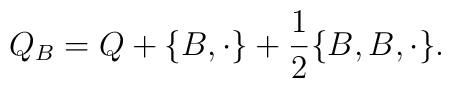
Q_B = Q+\{B,\cdot\} +\frac12 \{B,B,\cdot\}.